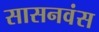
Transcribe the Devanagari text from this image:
सासनवंस